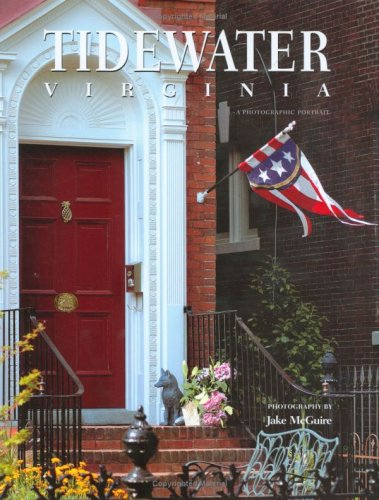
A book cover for Tidewater Virginia: A Photographic Portrait; Jake McGuire; Travel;